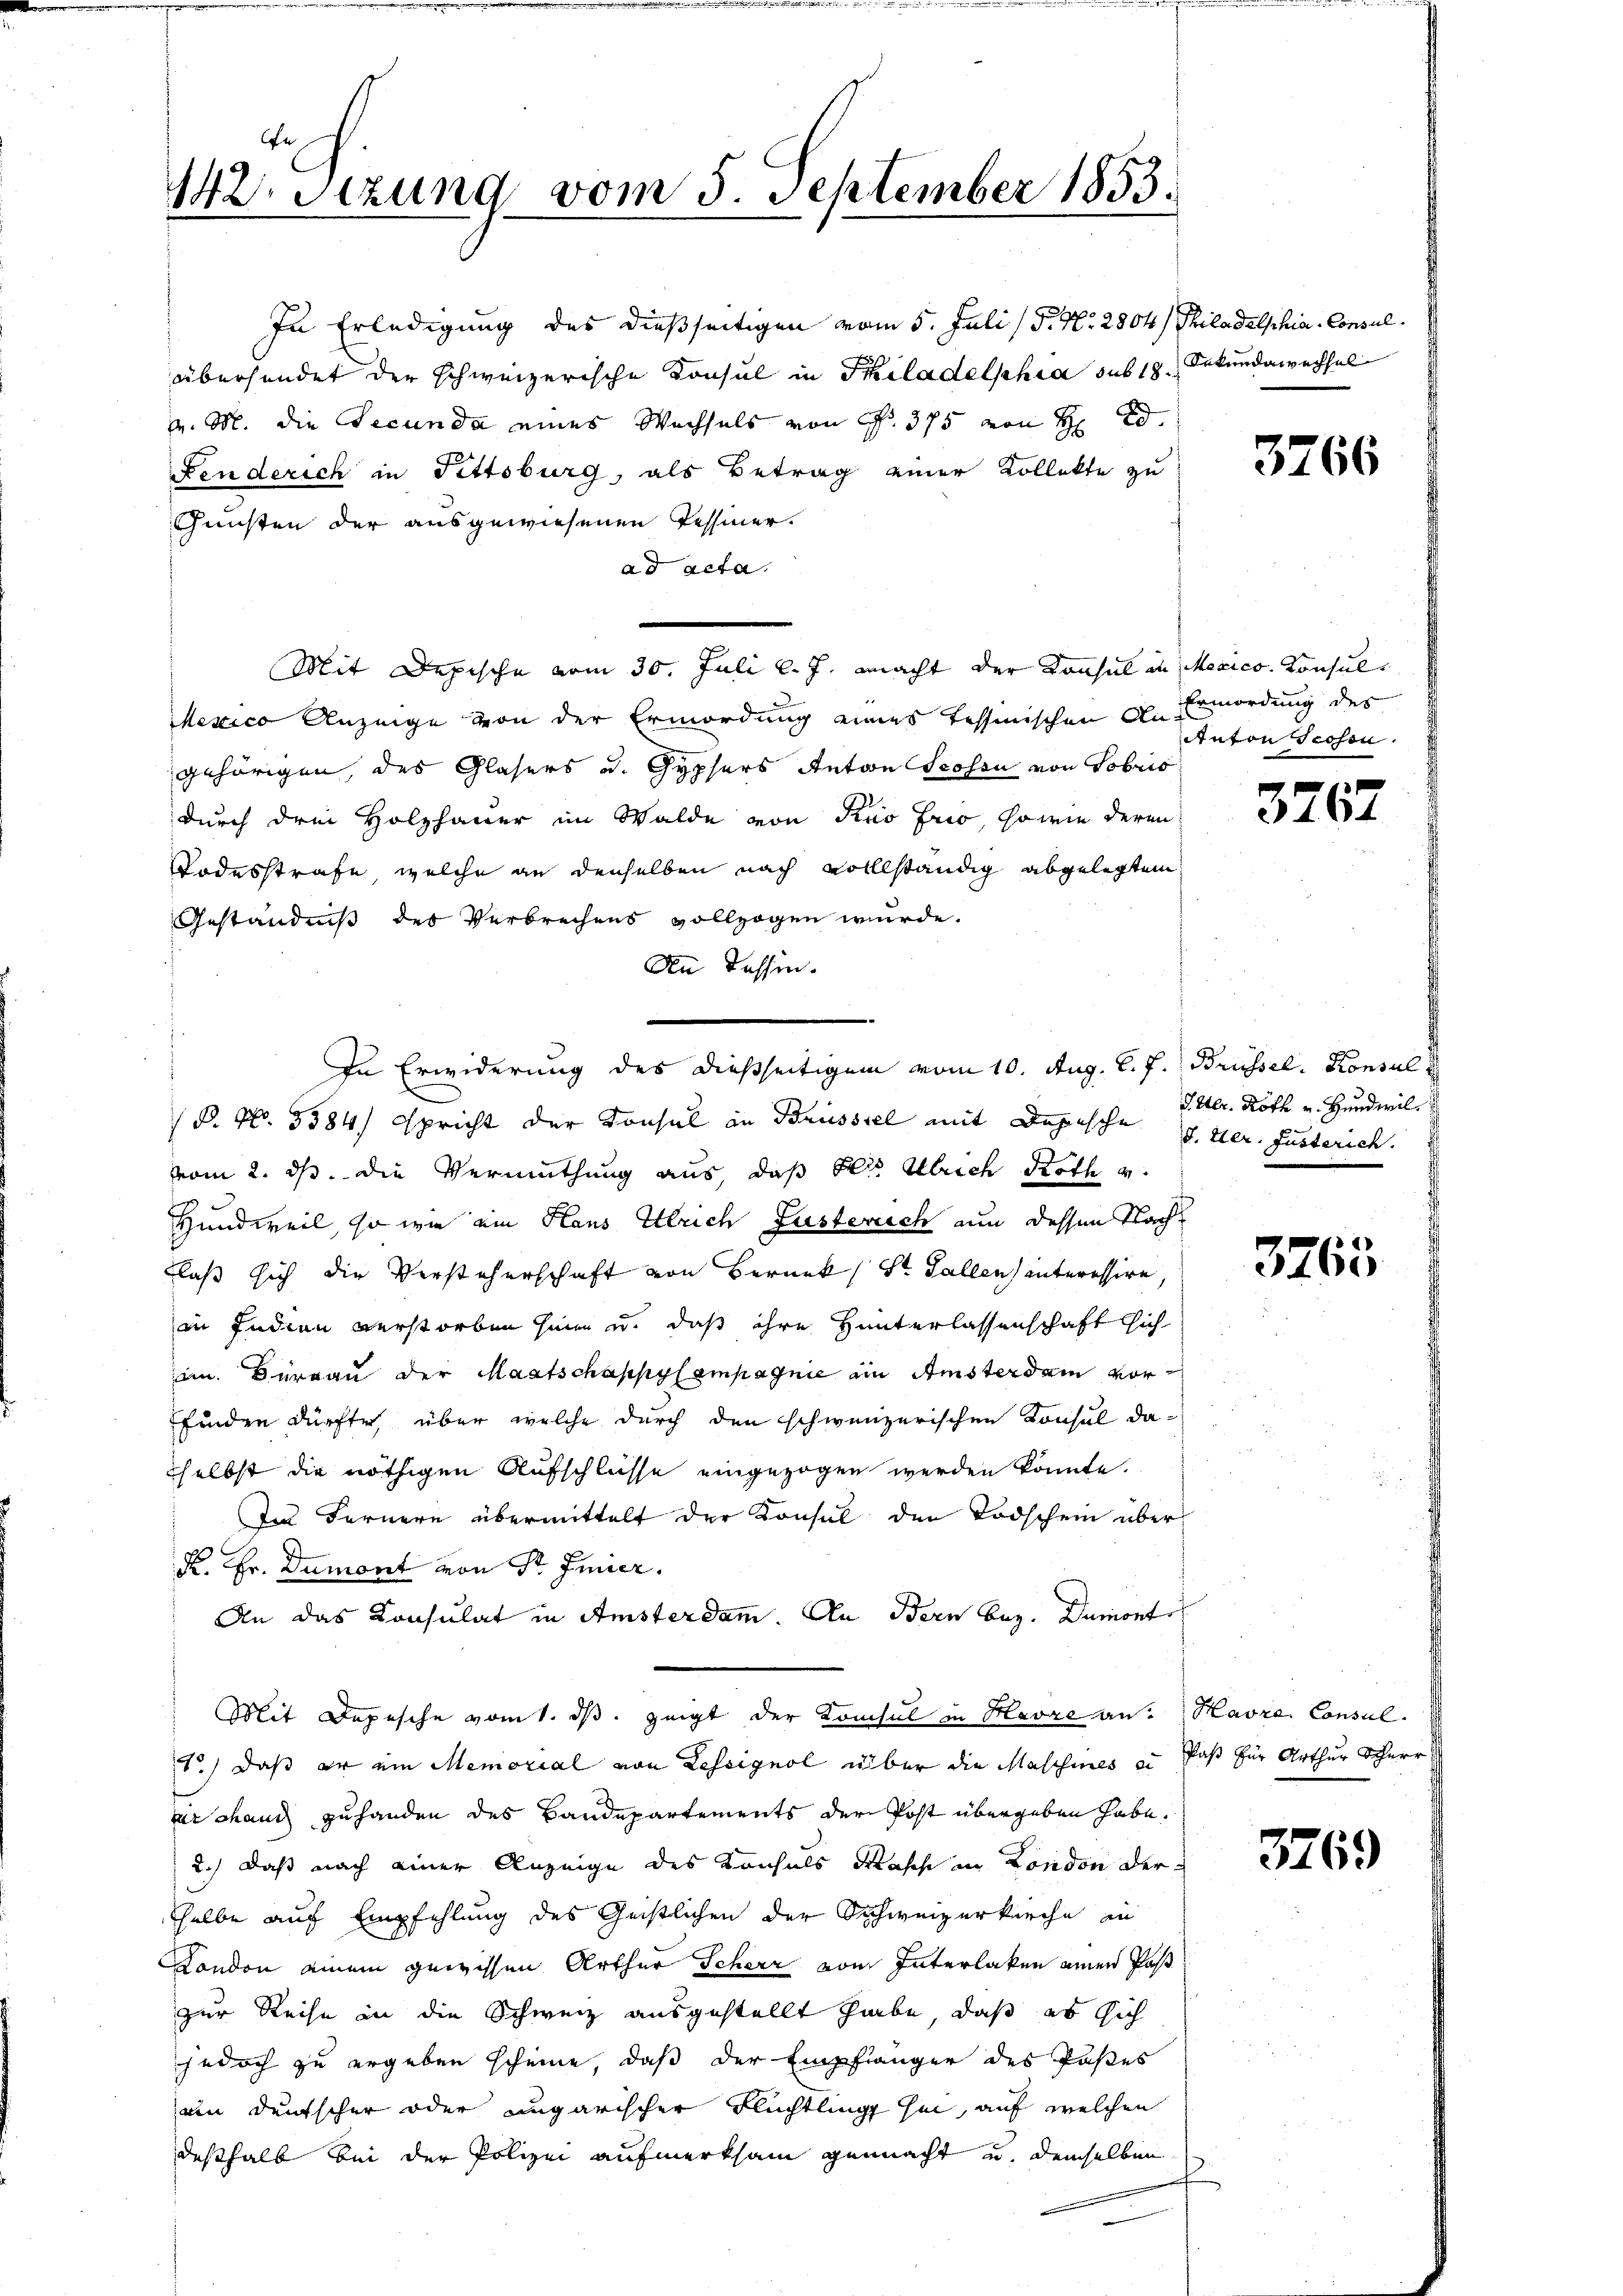
12 Stzung vom 5. September 1853.

In Erledigung des dießseitigen vom 5. Juli (P. Nr. 2804/ Philadelphia Consulübersendet der schweizerische Konsul in Philadelphia sub 18. Sekundawechsel
v. M. die Secunda eines Wechsels von Fr. 375 von H. d.
Fenderich in Fittsburg, als Betrag einer Kollekte zu
Gunsten der ausgewiesenen Tessiner.
ad acta.
Mit Depische vom 30. Juli l. J. macht der Konsul in Mexico. Konsul
Mexico Anzeige von der Ermordung eines Tessinischen Dr Ermordung des
gehörigen, des Glasers u. Gypfers Anton Scosen von Tobris
durch drei Holzhauer im Walde von Pro Frio, sowie deren
Todesstrafe, welche an denselben nach vollständig abgelegtem
Geständniß des Verbrechens vollzogen wurde.
An dassen.
B. No. 3584, spricht der Konsul in Brüssel mit Depesche J. der fusterich.
vom 2. ds. die Vermuthung aus, daß der Ulrich Roth v.
Hundweil, so wie ein Haus Ulrich Lusterrich nun dessen Nach
laß sich die Versteherschaft von Beruek (St. Gallen interessire
in Indian verstorben sein u. daß ihre Hunterlassenschaft sich
am. Burgau der Maatschappylempagnie ein Amsterdam vorfinden dürfte, über welche durch den schweizerischen Konsul daselbst die nöthigen Aufschlüsse eingezogen werden könnte.
Ten Fernern übermittelt der Konsul den Todschein über
R. Hr. Dumont von Sr. Feier.
An das Konsulat in Amsterdam. An Bern bez. Dumont
Mit Depesche vom 1. ds. zeigt der Konsul in Havre an Havre Consul¬
1) daß er ein Memorial von Lessignol über die Maschines zu Paß für Arthur Scherr
r chand zuhanden des Bandepartements der Post übergeben habe.
2.) Daß nach einer Anzeige des Konsuls Masch in London der
selbe auf Empfehlung des Geistlichen der Schweizerkirche an
London einem gewissen Arthur Scherz vom Interlaken einen Past
zur Reise in die Schweiz ausgestellt habe, daß es sich
jedoch zu ergeben scheine, daß der Empfänger des Paßes
ain deutscher oder ungarischer Flüchtling sei, auf welchen
deshalb bei der Polizei aufmerksam gemacht und demselben

In Erwiderung des dießseitigem vom 10. Aug. l. J. Brüssel. Konsul

3766

Anton Schen.

376.

IIter. Roth v. Hund wil

3763

3769